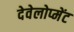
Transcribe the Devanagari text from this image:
देवेलोप्मेंट